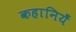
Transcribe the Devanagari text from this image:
कहानियँ